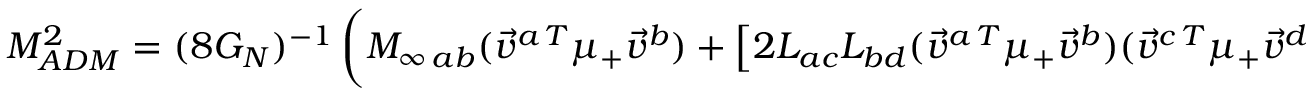
M _ { A D M } ^ { 2 } = ( 8 G _ { N } ) ^ { - 1 } \left( { } { \cal M } _ { \infty \, a b } ( { \vec { v } } ^ { a \, T } \mu _ { + } { \vec { v } } ^ { b } ) + \left[ { 2 } { \cal L } _ { a c } { \cal L } _ { b d } ( { \vec { v } } ^ { a \, T } \mu _ { + } { \vec { v } } ^ { b } ) ( { \vec { v } } ^ { c \, T } \mu _ { + } { \vec { v } } ^ { d } ) \right] ^ { \frac { 1 } { 2 } } \right) ,